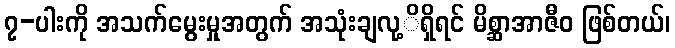
၇-ပါးကို အသက်မွေးမှုအတွက် အသုံးချလု့ိရှိရင် မိစ္ဆာအာဇီဝ ဖြစ်တယ်၊